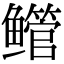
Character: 鳤